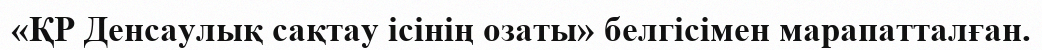
«ҚР Денсаулық сақтау ісінің озаты» белгісімен марапатталған.